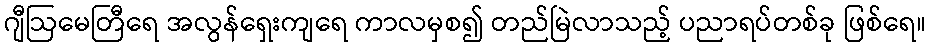
ဂျီဩမေတြီရေ အလွန်ရှေးကျရေ ကာလမှစ၍ တည်မြဲလာသည့် ပညာရပ်တစ်ခု ဖြစ်ရေ။